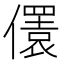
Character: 𠐛